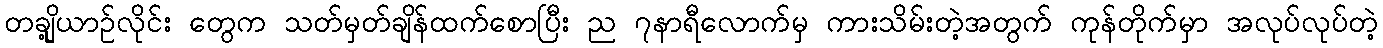
တချို့ယာဉ်လိုင်း တွေက သတ်မှတ်ချိန်ထက်စောပြီး ည ၇နာရီလောက်မှ ကားသိမ်းတဲ့အတွက် ကုန်တိုက်မှာ အလုပ်လုပ်တဲ့